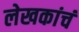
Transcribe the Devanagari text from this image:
लेखकांचं